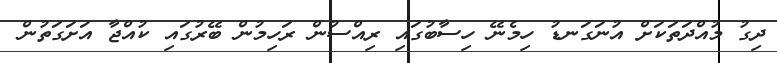
ދިގު މުއްދަތަކަށް އުނަގަނޑު ހިމެނޭ ހިސާބުގައި ރިއްސުން ރަހިމުން ބޭރުގައި ކުއްޖާ އަށަގަތުން